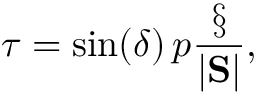
\boldsymbol { \tau } = \sin ( \delta ) \, p \frac { \S } { | \mathrm { \bf S } | } ,